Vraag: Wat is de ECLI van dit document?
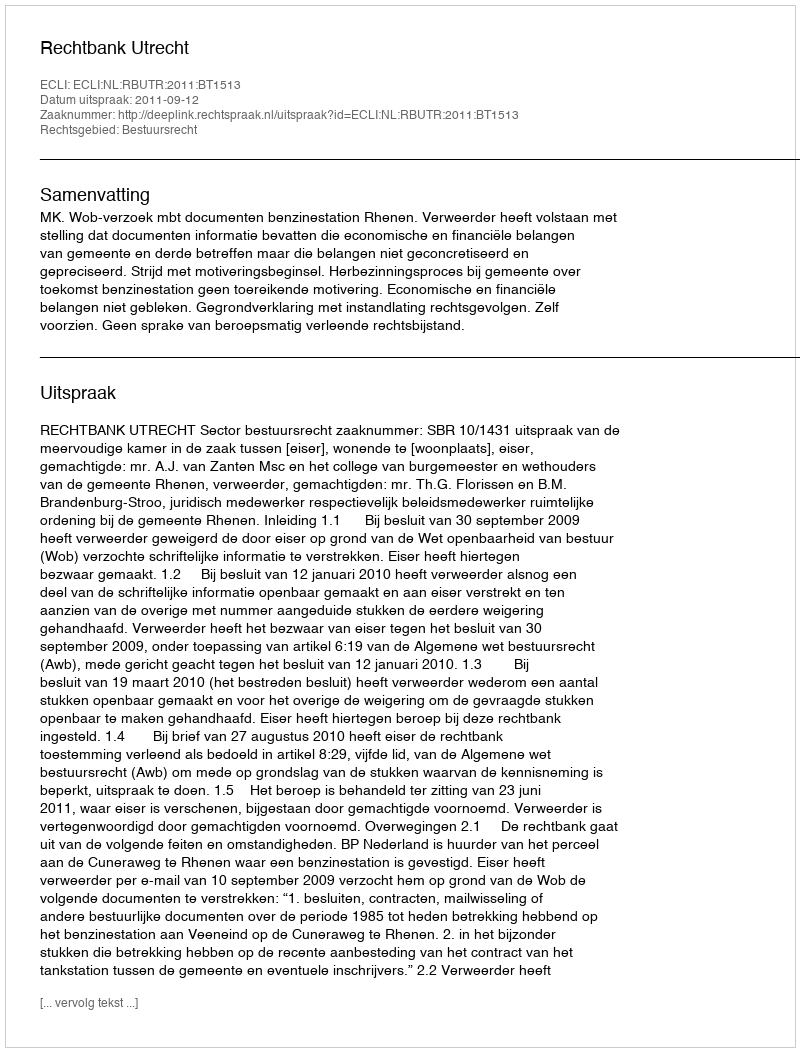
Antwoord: ECLI:NL:RBUTR:2011:BT1513